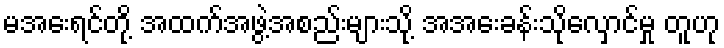
မအေးရင်တို့ အထက်အဖွဲ့အစည်းများသို့ အအေးခန်းသိုလှောင်မှု တူဟု